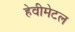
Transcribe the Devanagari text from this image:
हेवीमेटल